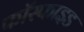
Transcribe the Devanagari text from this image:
फॉस्फाइड